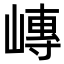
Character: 𪩍